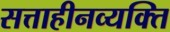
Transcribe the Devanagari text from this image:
सत्ताहीनव्यक्ति